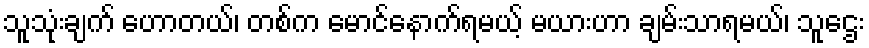
သူသုံးချက် ဟောတယ်၊ တစ်က မောင်နောက်ရမယ့် မယားဟာ ချမ်းသာရမယ်၊ သူဌေး